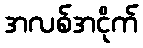
အလစ်အငိုက်